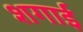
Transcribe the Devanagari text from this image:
शगाई